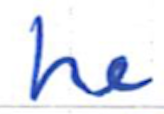
Text: he
Cross-out: clean
Writing tool: ballpoint